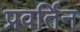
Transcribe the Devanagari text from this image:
प्रवर्तिन